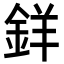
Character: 𨦡